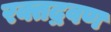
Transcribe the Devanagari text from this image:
रक्तद्रवण